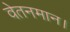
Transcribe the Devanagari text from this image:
वेतनमान।